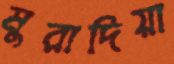
মুরাদিয়া